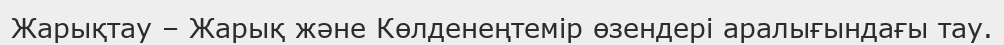
Жарықтау – Жарық және Көлденеңтемір өзендері аралығындағы тау.